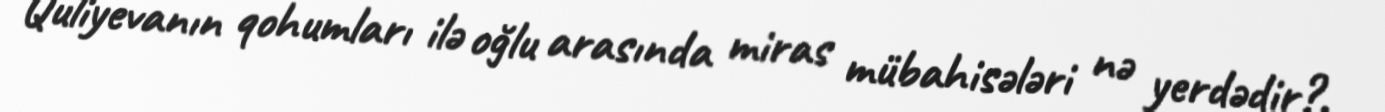
Quliyevanın qohumları ilə oğlu arasında miras mübahisələri nə yerdədir?.